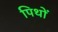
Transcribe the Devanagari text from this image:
पिथों